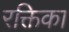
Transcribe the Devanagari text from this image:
रक्तिका